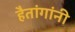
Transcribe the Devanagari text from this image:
हैतांगांनी